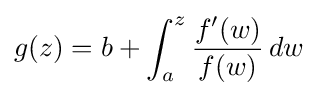
g(z)=b+\int _{a}^{z}{\frac {f'(w)}{f(w)}}\,dw